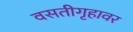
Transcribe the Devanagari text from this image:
वसतीगृहावर